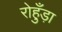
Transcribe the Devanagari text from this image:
रोहुँड़ा